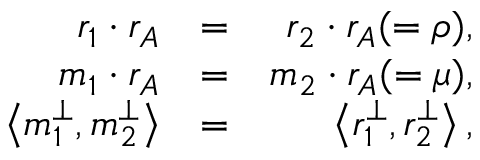
\begin{array} { r l r } { r _ { 1 } \cdot r _ { A } } & { = } & { r _ { 2 } \cdot r _ { A } ( = \rho ) , } \\ { m _ { 1 } \cdot r _ { A } } & { = } & { m _ { 2 } \cdot r _ { A } ( = \mu ) , } \\ { \left< { m _ { 1 } ^ { \perp } , m _ { 2 } ^ { \perp } } \right> } & { = } & { \left< { r _ { 1 } ^ { \perp } , r _ { 2 } ^ { \perp } } \right> , } \end{array}